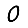
Digit: 0